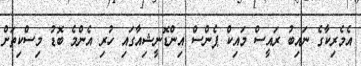
އެމެރިކާގެ ނައިބު ރައީސް މައިކް ޕެންސް އިންޑޮނީޝިއާގައި ހުރި އެންމެ ބޮޑު މިސްކިތަށް